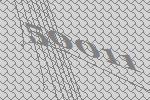
50011